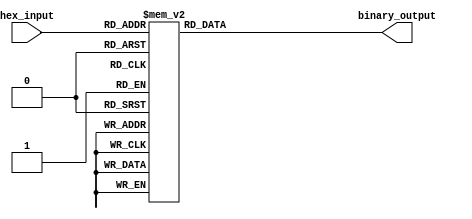
module hex_to_bin_encoder (
    input  wire [3:0] hex_input,    // 4-bit input for hexadecimal digit
    output reg  [3:0] binary_output   // 4-bit output for binary equivalent
);

// Combinational logic to convert hex_input to binary_output
always @(*) begin
    case (hex_input)
        4'b0000: binary_output = 4'b0000; // 0
        4'b0001: binary_output = 4'b0001; // 1
        4'b0010: binary_output = 4'b0010; // 2
        4'b0011: binary_output = 4'b0011; // 3
        4'b0100: binary_output = 4'b0100; // 4
        4'b0101: binary_output = 4'b0101; // 5
        4'b0110: binary_output = 4'b0110; // 6
        4'b0111: binary_output = 4'b0111; // 7
        4'b1000: binary_output = 4'b1000; // 8
        4'b1001: binary_output = 4'b1001; // 9
        4'b1010: binary_output = 4'b1010; // A
        4'b1011: binary_output = 4'b1011; // B
        4'b1100: binary_output = 4'b1100; // C
        4'b1101: binary_output = 4'b1101; // D
        4'b1110: binary_output = 4'b1110; // E
        4'b1111: binary_output = 4'b1111; // F
        default: binary_output = 4'b0000;  // Default case for invalid input
    endcase
end

endmodule